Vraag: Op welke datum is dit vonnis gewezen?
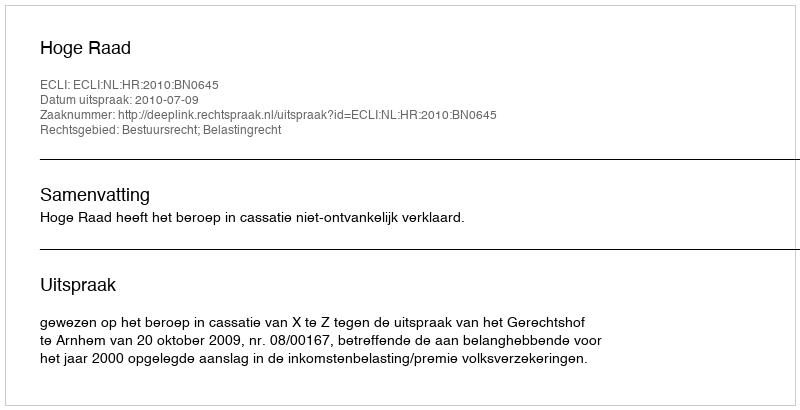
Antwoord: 2010-07-09